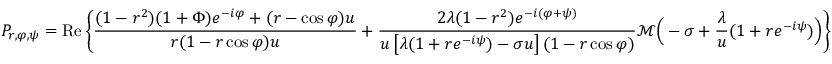
P _ { r , \varphi , \psi } = \mathrm { R e } \left\{ \frac { ( 1 - r ^ { 2 } ) ( 1 + \Phi ) e ^ { - i \varphi } + ( r - \cos \varphi ) u } { r ( 1 - r \cos \varphi ) u } + \frac { 2 \lambda ( 1 - r ^ { 2 } ) e ^ { - i ( \varphi + \psi ) } } { u \left[ \lambda ( 1 + r e ^ { - i \psi } ) - \sigma u \right] ( 1 - r \cos \varphi ) } \mathcal M \Big ( - \sigma + \frac { \lambda } { u } ( 1 + r e ^ { - i \psi } ) \Big ) \right\}